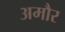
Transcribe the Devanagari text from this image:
अमौर